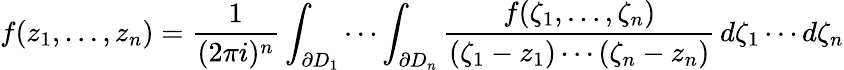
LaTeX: f(z_{1},\dots,z_{n})={\frac{1}{(2\pi i)^{n}}}\int_{\partial D_{1}}\cdots\int_{\partial D_{n}}{\frac{f(\zeta_{1},\dots,\zeta_{n})}{(\zeta_{1}-z_{1})\cdots(\zeta_{n}-z_{n})}}\, d\zeta_{1}\cdots d\zeta_{n}